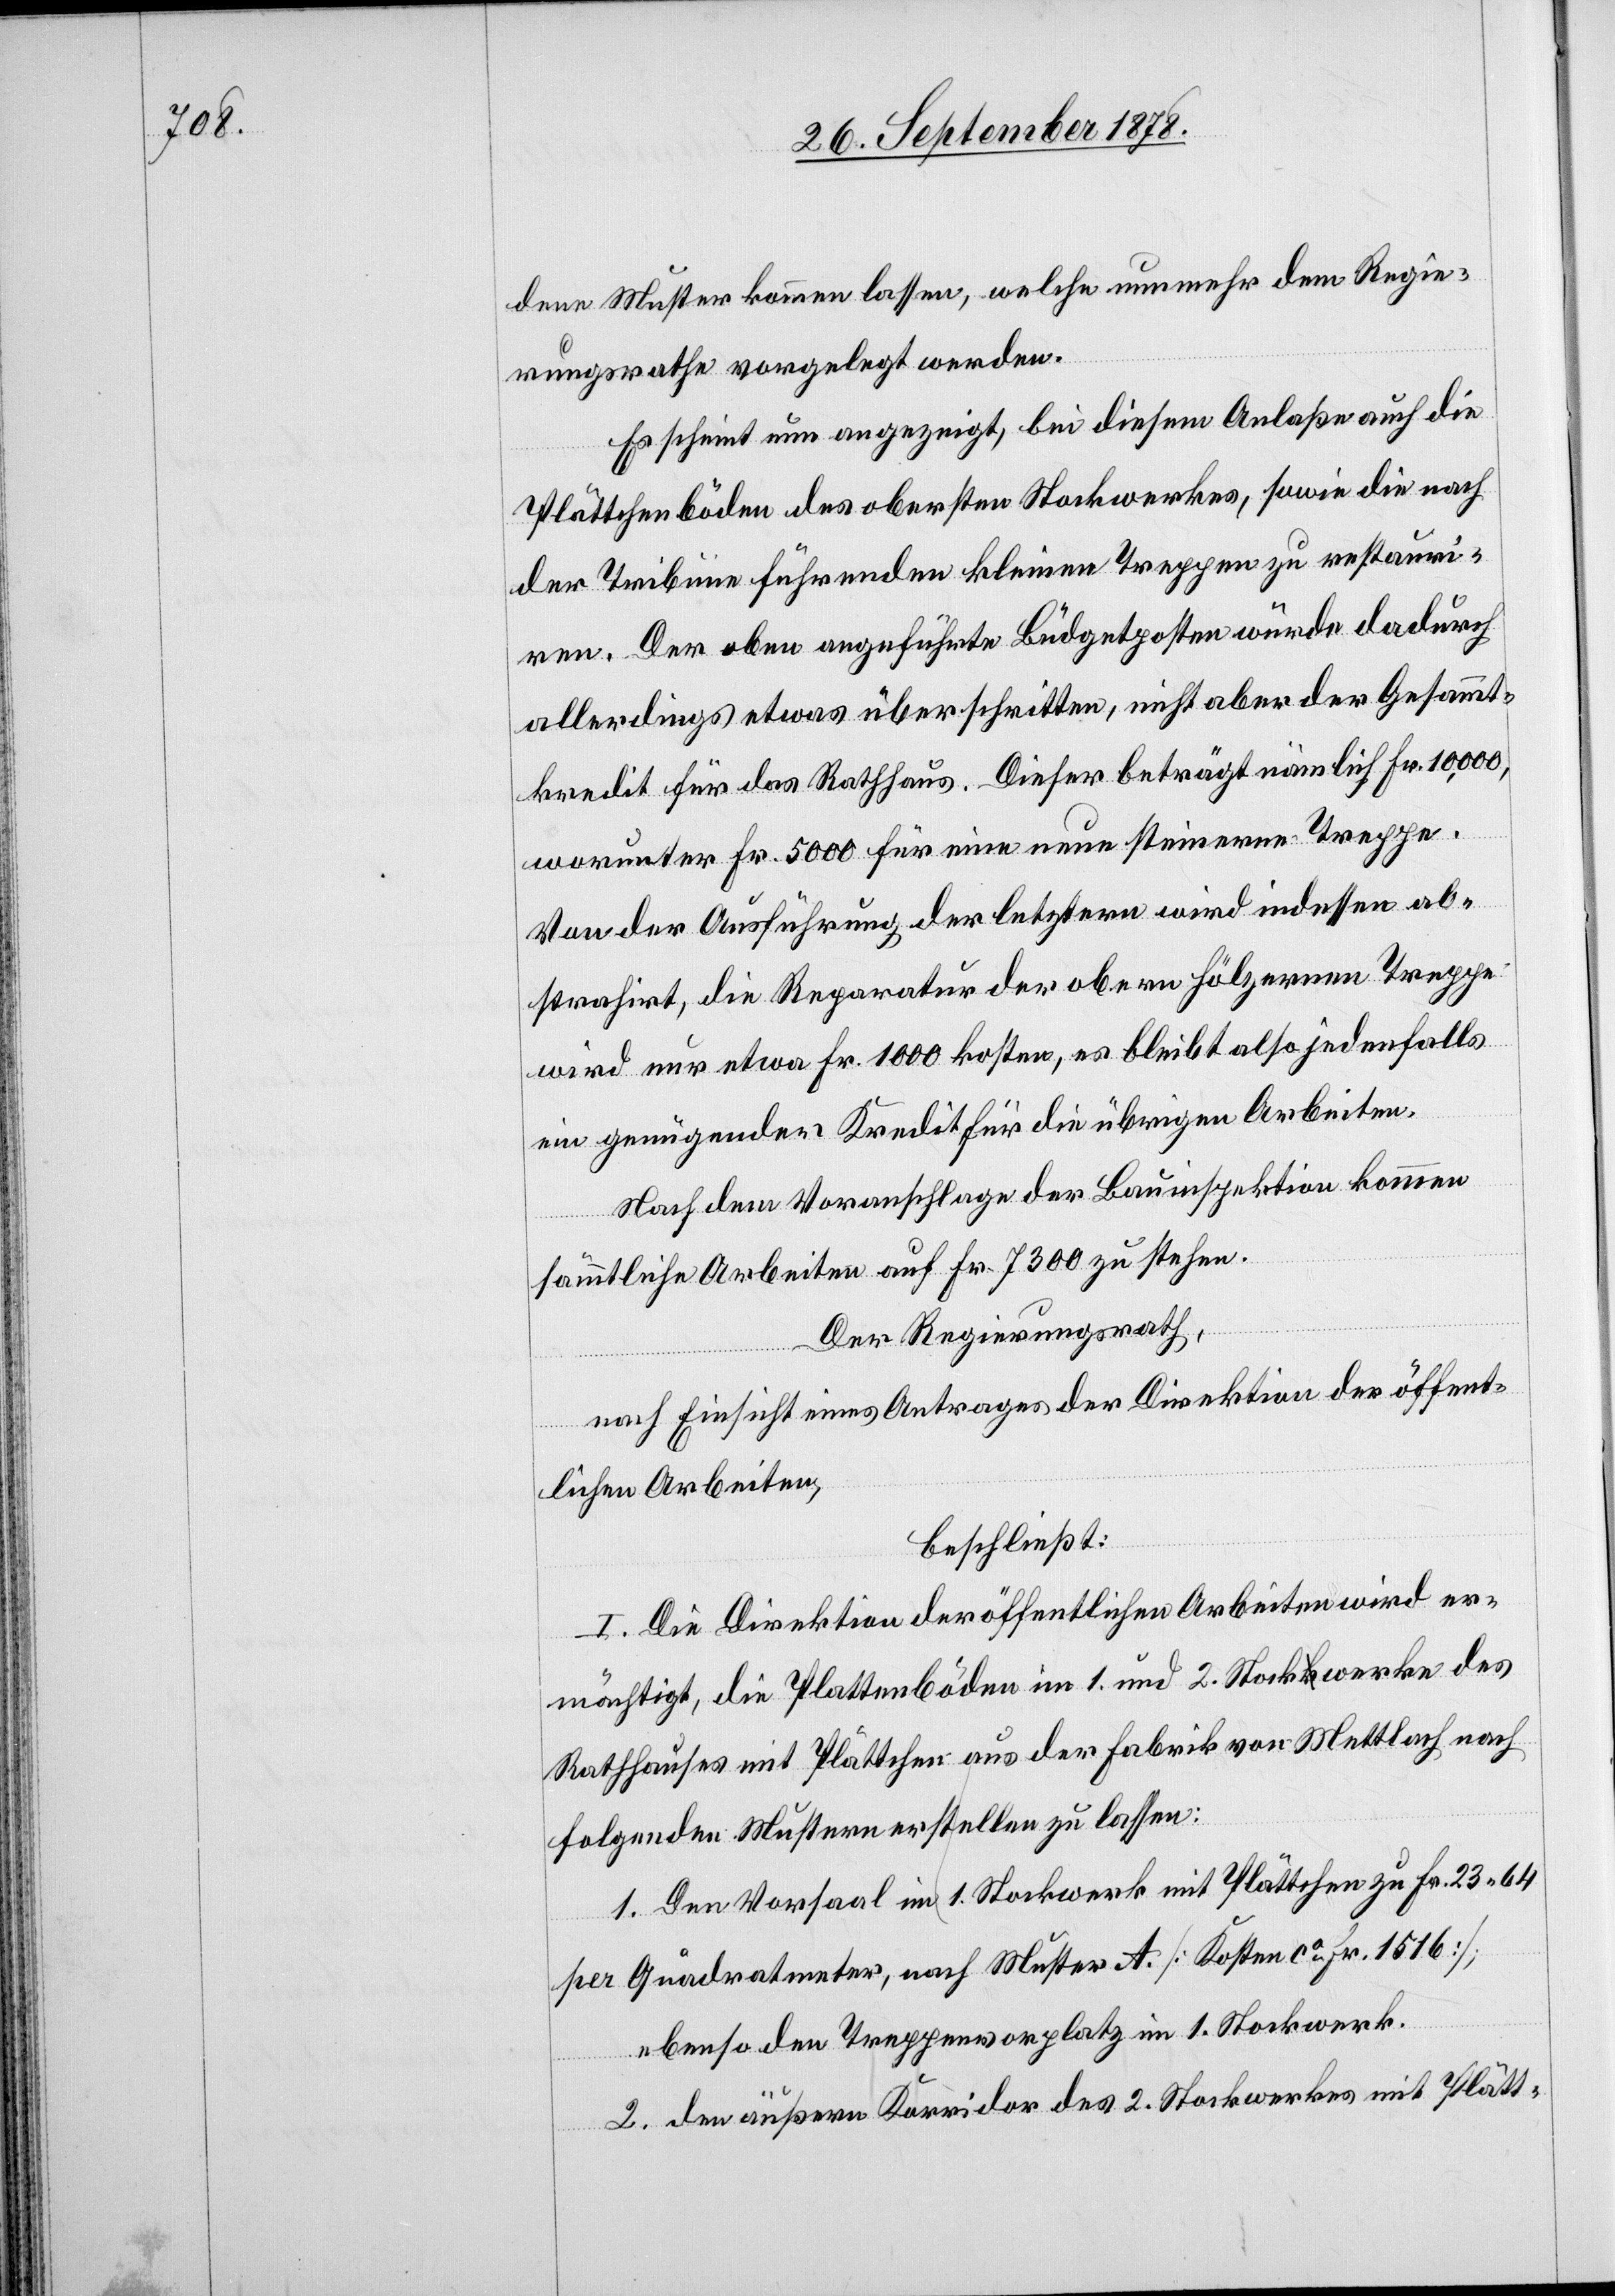
dene Muster kommen lassen, welche nunmehr dem Regie¬
rungsrathe vorgelegt werden.
Es scheint nun angezeigt, bei diesem Anlaße auch die
Plättchenböden des obersten Stockwerkes, sowie die nach
der Tribüne führenden kleinen Treppen zu restauri¬
ren. Der oben angeführte Büdgetposten würde dadurch
allerdings etwas überschritten, nicht aber der Gesammt¬
kredit für das Rathhaus. Dieser beträgt nämlich Fr. 10,000,
worunter Fr. 5000 für eine neue steinerne Treppe.
Von der Ausführung der letztern wird indessen ab¬
strahirt, die Reparatur der obern hölzernen Treppe
wird nur etwa Fr. 1000 kosten, es bleibt also jedenfalls
ein genügender Kredit für die übrigen Arbeiten.
Nach dem Voranschlag der Bauinspektion kommen
sämmtliche Arbeiten auf Fr. 7300 zu stehen.
Der Regierungsrath,
nach Einsicht eines Antrages der Direktion der öffent¬
lichen Arbeiten,
beschließt:
I. Die Direktion der öffentlichen Arbeiten wird er¬
mächtigt, die Plattenböden im 1. und 2. Stockwerke des
Rathhauses mit Plättchen aus der Fabrik von Mettlach nach
folgenden Mustern erstellen zu lassen:
1. Den Vorsaal im 1. Stockwerk mit Plättchen zu Fr. 23 64
per Quadratmeter, nach Muster A. [Kosten ca Fr. 1516];
ebenso den Treppenvorplatz im 1. Stockwerk.
2. den äußern Korridor des 2. Stockwerkes mit Plätt-